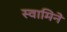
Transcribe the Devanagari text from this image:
स्वामिने